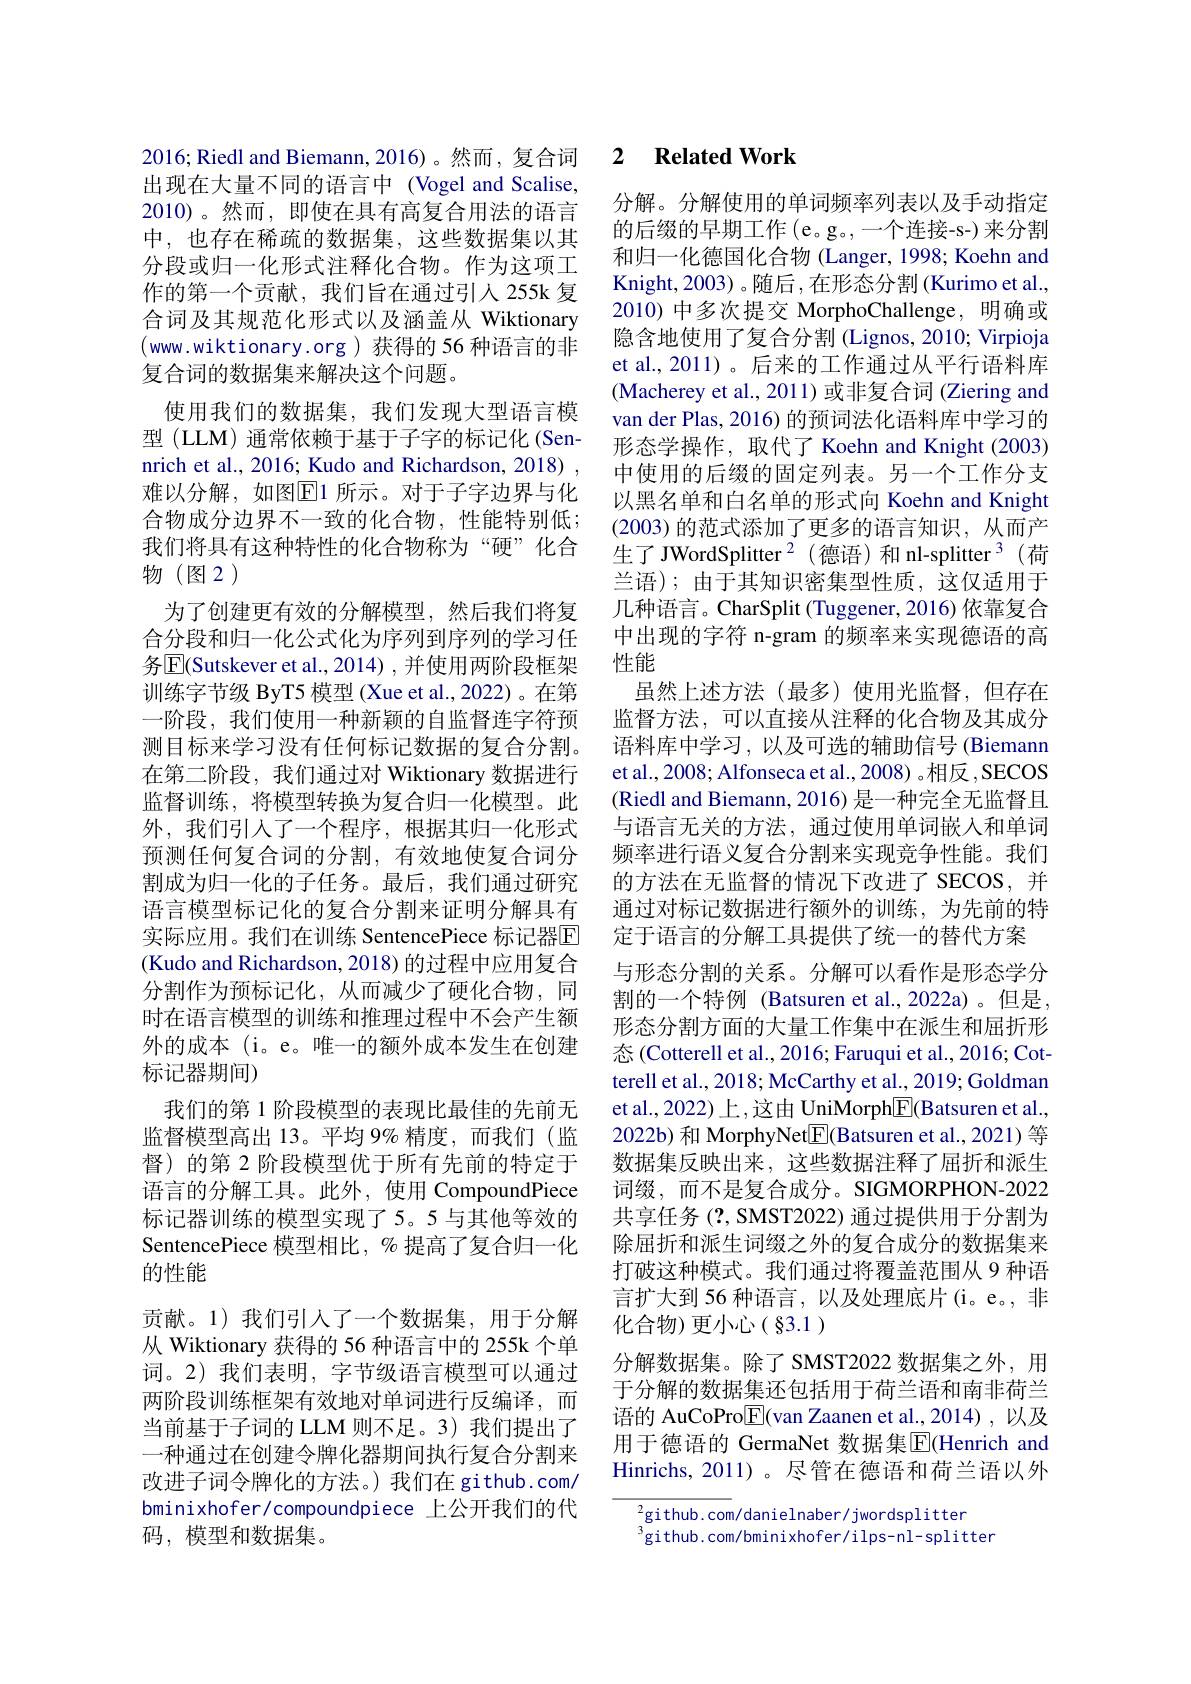
出现在大量不同的语言中 (Vogel and Scalise, 2010)。然而，即使在具有高复合用法的语言中，也存在稀疏的数据集，这些数据集以其分段或归一化形式注释化合物。作为这项工作的第一个贡献，我们旨在通过引人 255k 复合词及其规范化形式以及涵盖从 Wiktionary (www.wiktionary.org)获得的 56 种语言的非复合词的数据集来解决这个问题。
使用我们的数据集，我们发现大型语言模型 (LLM) 通常依赖于基于子字的标记化 (Sennrich et al., 2016; Kudo and Richardson, 2018) , 难以分解，如图$\overline{\mathrm{E}}$1 所示。对于子字边界与化合物成分边界不一致的化合物，性能特别低； 我们将具有这种特性的化合物称为“硬”化合物(图2)

为了创建更有效的分解模型，然后我们将复合分段和归一化公式化为序列到序列的学习任务$\boxed{\mathrm{F}}($Sutskever et al., 2014) , 并使用两阶段框架训练字节级 ByT5 模型 (Xue et al.,2022)。在第一阶段，我们使用一种新颖的自监督连字符预测目标来学习没有任何标记数据的复合分割。在第二阶段，我们通过对 Wiktionary 数据进行监督训练，将模型转换为复合归一化模型。此外，我们引入了一个程序，根据其归一化形式预测任何复合词的分割，有效地使复合词分割成为归一化的子任务。最后，我们通过研究语言模型标记化的复合分割来证明分解具有实际应用。我们在训练 SentencePiece 标记器$\overline{\mathrm{E}}$ (Kudo and Richardson, 2018) 的过程中应用复合分割作为预标记化，从而减少了硬化合物，同时在语言模型的训练和推理过程中不会产生额外的成本(i。e。唯一的额外成本发生在创建标记器期间)
我们的第 1 阶段模型的表现比最佳的先前无监督模型高出 13。平均 9% 精度，而我们(监督) 的第 2 阶段模型优于所有先前的特定于语言的分解工具。此外，使用 CompoundPiece 标记器训练的模型实现了5。5 与其他等效的SentencePiece 模型相比，% 提高了复合归一化的性能
贡献。1)我们引人了一个数据集，用于分解从 Wiktionary 获得的 56 种语言中的 255k 个单词。2)我们表明，字节级语言模型可以通过两阶段训练框架有效地对单词进行反编译，而当前基于子词的 LLM 则不足。3) 我们提出了一种通过在创建令牌化器期间执行复合分割来改进子词令牌化的方法。) 我们在 github.com/ bminixhofer/compoundpiece 上公开我们的代码，模型和数据集。

### 2016: Riedl and Biemann, 2016)。然而，复合词 2 Related Work

分解。分解使用的单词频率列表以及手动指定的后缀的早期工作 (e。g。,一个连接-s-) 来分割和归一化德国化合物 (Langer, 1998; Koehn and Knight, 2003) 。随后 ,在形态分割 (Kurimo et al., 2010) 中多次提交 MorphoChallenge, 明确或隐含地使用了复合分割 (Lignos, 2010; Virpioja et al.,2011)。后来的工作通过从平行语料库(Macherey et al.,2011) 或非复合词 (Ziering and van der Plas, 2016) 的预词法化语料库中学习的形态学操作，取代了 Koehn and Knight (2003) 中使用的后缀的固定列表。另一个工作分支以黑名单和白名单的形式向 Koehn and Knight (2003)的范式添加了更多的语言知识，从而产生了JWordSplitter$^2$(德语)和nl-splitter$^3$(荷兰语);由于其知识密集型性质，这仅适用于几种语言。CharSplit (Tuggener, 2016) 依靠复合中出现的字符 n-gram 的频率来实现德语的高性能
虽然上述方法(最多)使用光监督，但存在监督方法，可以直接从注释的化合物及其成分语料库中学习，以及可选的辅助信号 (Biemann et al., 2008; Alfonseca et al., 2008) 。相反，SECOS (Riedl and Biemann, 2016) 是一种完全无监督且与语言无关的方法，通过使用单词嵌入和单词频率进行语义复合分割来实现竞争性能。我们的方法在无监督的情况下改进了 SECOS,并通过对标记数据进行额外的训练，为先前的特定于语言的分解工具提供了统一的替代方案
与形态分割的关系。分解可以看作是形态学分割的一个特例 (Batsuren et al.,2022a)。但是， 形态分割方面的大量工作集中在派生和屈折形态 (Cotterell et al., 2016; Faruqui et al., 2016; Cotterell et al., 2018; McCarthy et al., 2019; Goldman et al., 2022) 上，这由 UniMorph$\boxed{\mathrm{F}}($Batsuren et al., 2022b) 和 MorphyNet$\boxed{\mathrm{E}}$(Batsuren et al., 2021) 等数据集反映出来，这些数据注释了屈折和派生词缀，而不是复合成分。SIGMORPHON-2022共享任务 (?, SMST2022) 通过提供用于分割为除屈折和派生词缀之外的复合成分的数据集来打破这种模式。我们通过将覆盖范围从 9 种语言扩大到 56 种语言，以及处理底片(i。e。, 非化合物)更小心(§3.1)
分解数据集。除了 SMST2022 数据集之外，用于分解的数据集还包括用于荷兰语和南非荷兰语的 AuCoPro$\boxed{\mathrm{E}}($van Zaanen et al.,2014),以及用于德语的 GermaNet 数据集$\overline{\mathrm{E}}$(Henrich and Hinrichs, 2011)。尽管在德语和荷兰语以外

$^{2}$github.com/danielnaber/jwordsplitter
$^{3}$github.com/bminixhofer/ilps-nl-splitter